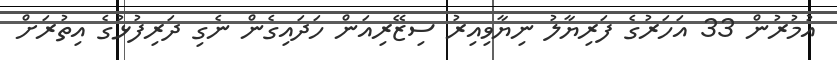
އުމުރުން 33 އަހަރުގެ ފަރިޔާލު ނިޔާވިއިރު ސިޒޭރިއަން ހަދައިގެން ނެގި ދަރިފުޅުގެ އިތުރަށް